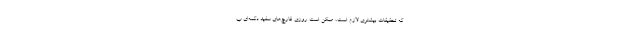
که تحقیقات بیشتری لازم است، ممکن است روزی قارچ‌های سفید دکمه‌ای ب